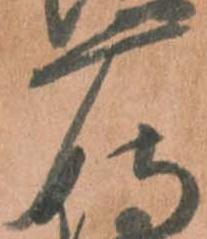
摩